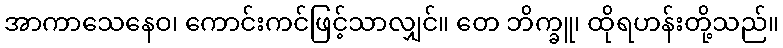
အာကာသေနေဝ၊ ကောင်းကင်ဖြင့်သာလျှင်။ တေ ဘိက္ခူ၊ ထိုရဟန်းတို့သည်။